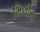
મિલૌસ